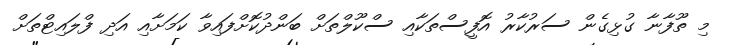
މި ތޫފާނާ ގުޅިގެން ސަރުކާރު އޮފީސްތަކާއި ސްކޫލްތަށް ބަންދުކޮށްފައިވާ ކަމަށާއި އަދި ފްލައިޓްތަށް